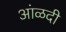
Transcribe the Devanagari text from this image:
आंळदी